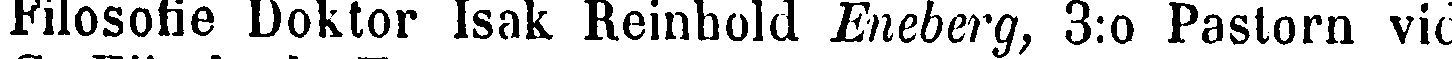
Filosofie Doktor Isak Reinhold Eneberg, 3:o Pastorn vid